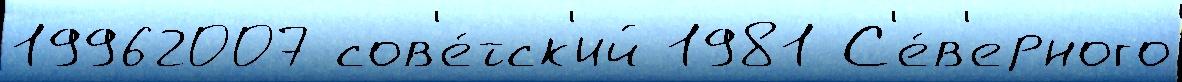
19962007 сов'е́тск'ий 1981 С'е́в'ерного